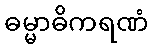
ဓမ္မာဓိကရဏံ